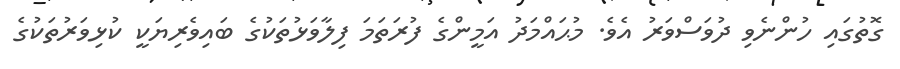
ގޮތުގައި ހުންނެވި ދުވަސްވަރު އެވެ. މުޙައްމަދު އަމީންގެ ފުރަތަމަ ފިލާވަޅުތަކުގެ ބައިވެރިޔަކީ ކުޅިވަރުތަކުގެ